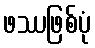
ဖဿဖြစ်ပုံ